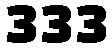
333